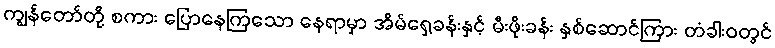
ကျွန်တော်တို့ စကား ပြောနေကြသော နေရာမှာ အိမ်ရှေ့ခန်းနှင့် မီးဖိုးခန်း နှစ်ဆောင်ကြား တံခါးဝတွင်